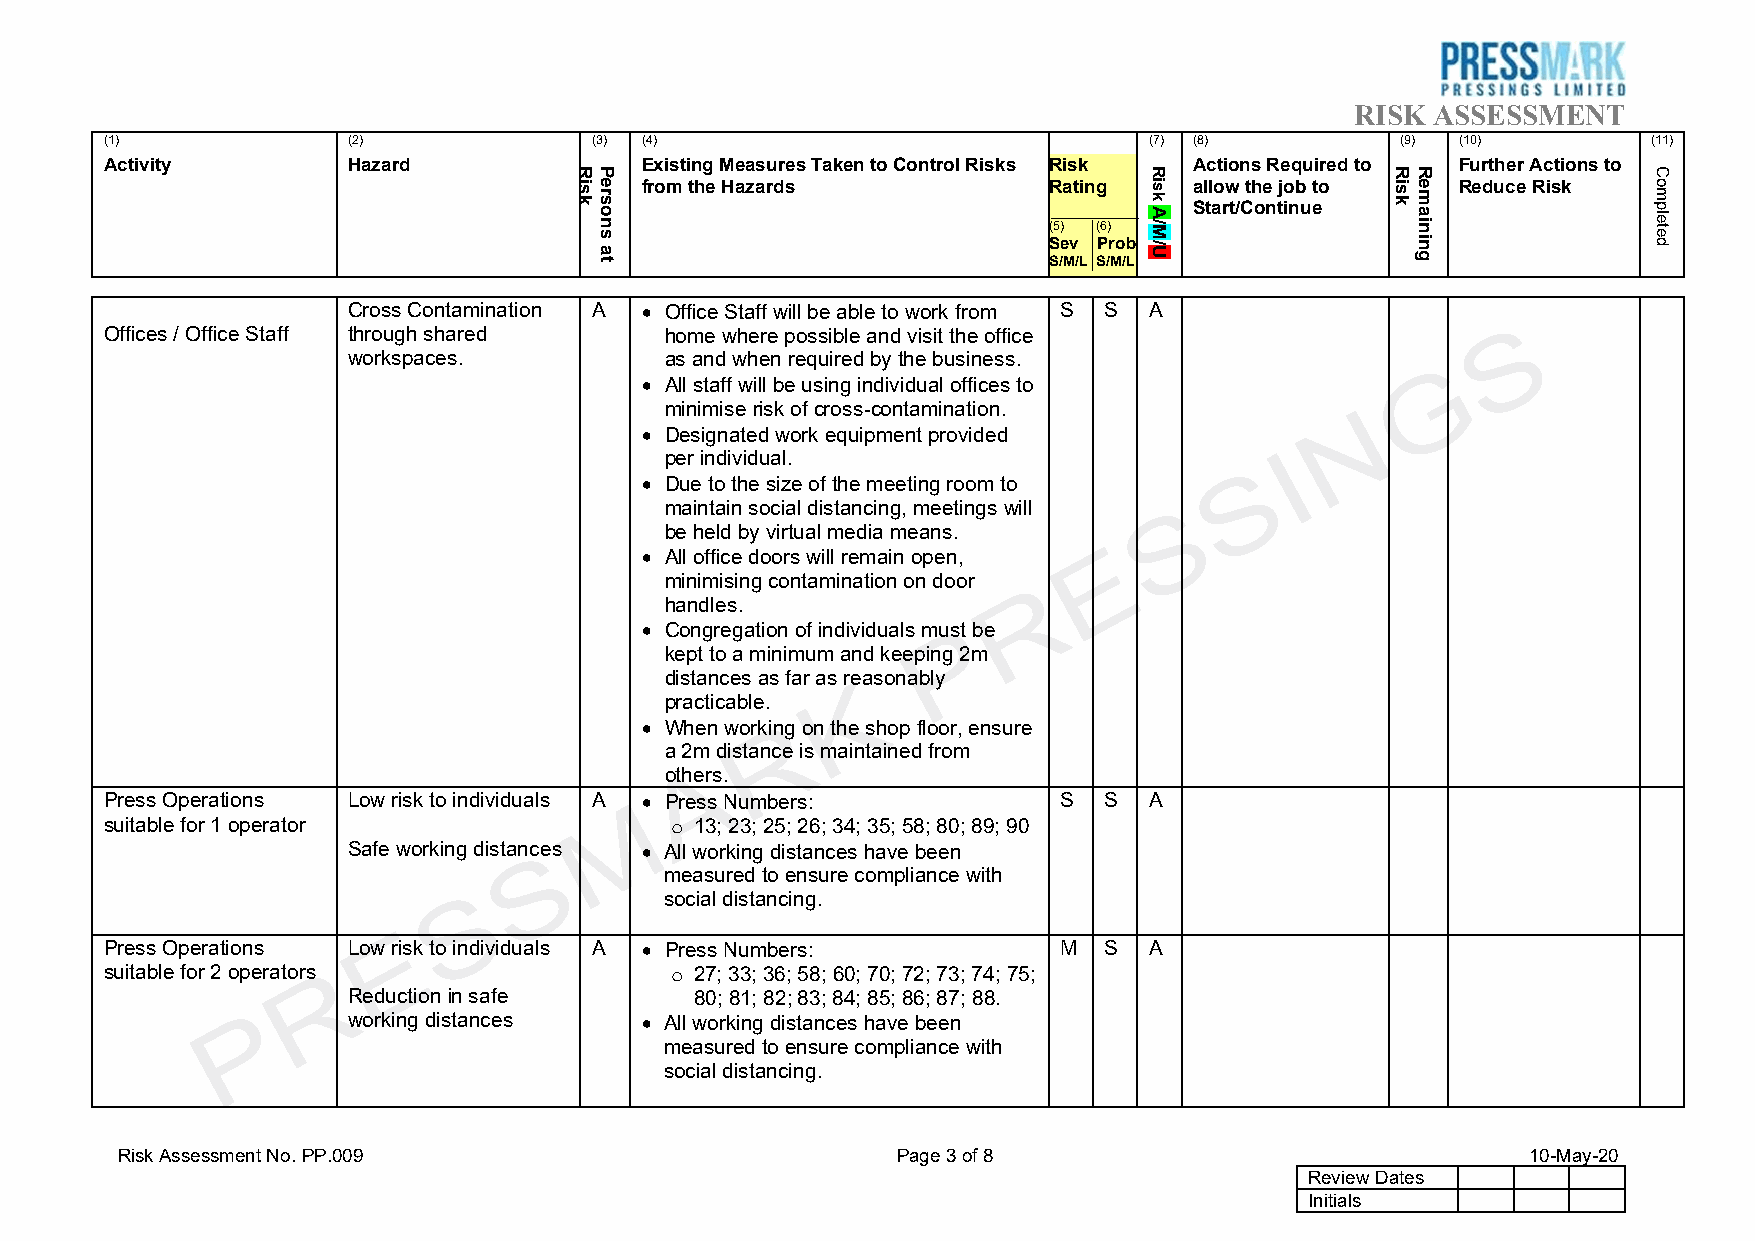
RISK ASSESSMENT
 (1)             (2)             (3) (4)                              (7) (8)          (9) (10)        (11)
 Activity        Hazard             Existing Measures Taken to Control Risks Risk Actions Required to Further Actions to
 from the Hazards           Rating    allow the job to  Reduce Risk
 Start/Continue
 (5) (6)
 Sev Prob
 S/M/L S/M/L
 Cross Contamination A • Office Staff will be able to work from S S A
 Offices / Office Staff through shared home where possible and visit the office
 workspaces.          as and when required by the business.
 • All staff will be using individual offices to
 minimise risk of cross-contamination.
 • Designated work equipment provided
 per individual.
 • Due to the size of the meeting room to
 maintain social distancing, meetings will
 be held by virtual media means.
 • All office doors will remain open,
 minimising contamination on door
 handles.
 • Congregation of individuals must be
 kept to a minimum and keeping 2m
 distances as far as reasonably
 practicable.
 • When working on the shop floor, ensure
 a 2m distance is maintained from
 others.
 Press Operations Low risk to individuals A • Press Numbers:    S  S  A
 suitable for 1 operator                13; 23; 25; 26; 34; 35; 58; 80; 89; 90
 o
 Safe working distances • All working distances have been
 measured to ensure compliance with
 social distancing.
 Press Operations Low risk to individuals A • Press Numbers:    M  S  A
 suitable for 2 operators               27; 33; 36; 58; 60; 70; 72; 73; 74; 75;
 o
 Reduction in safe      80; 81; 82; 83; 84; 85; 86; 87; 88.
 working distances  • All working distances have been
 measured to ensure compliance with
 social distancing.
 Risk Assessment No. PP.009                         Page 3 of 8                               10-May-20
 Review Dates
 Initials
 Risk Persons
 at
 Risk
 A/M/U
 Risk Remaining   Completed